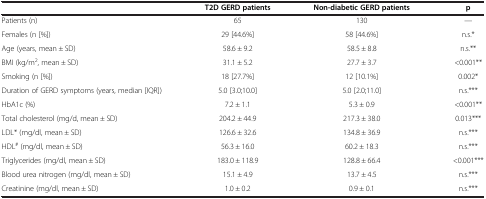
<table><thead><tr><td><b> </b></td><td><b>T2D GERD patients</b></td><td><b>Non-diabetic GERD patients</b></td><td><b>p</b></td></tr></thead><tbody><tr><td>Patients (n)</td><td>65</td><td>130</td><td>---</td></tr><tr><td>Females (n [%])</td><td>29 [44.6%]</td><td>58 [44.6%]</td><td>n.s.*</td></tr><tr><td>Age (years, mean ± SD)</td><td>58.6 ± 9.2</td><td>58.5 ± 8.8</td><td>n.s.**</td></tr><tr><td>BMI (kg/m<sup>2</sup>, mean ± SD)</td><td>31.1 ± 5.2</td><td>27.7 ± 3.7</td><td>&lt;0.001**</td></tr><tr><td>Smoking (n [%])</td><td>18 [27.7%]</td><td>12 [10.1%]</td><td>0.002*</td></tr><tr><td>Duration of GERD symptoms (years, median [IQR])</td><td>5.0 [3.0;10.0]</td><td>5.0 [2.0;11.0]</td><td>n.s.***</td></tr><tr><td>HbA1c (%)</td><td>7.2 ± 1.1</td><td>5.3 ± 0.9</td><td>&lt;0.001**</td></tr><tr><td>Total cholesterol (mg/d, mean ± SD)</td><td>204.2 ± 44.9</td><td>217.3 ± 38.0</td><td>0.013***</td></tr><tr><td>LDL* (mg/dl, mean ± SD)</td><td>126.6 ± 32.6</td><td>134.8 ± 36.9</td><td>n.s.***</td></tr><tr><td>HDL<sup>#</sup> (mg/dl, mean ± SD)</td><td>56.3 ± 16.0</td><td>60.2 ± 18.3</td><td>n.s.***</td></tr><tr><td>Triglycerides (mg/dl, mean ± SD)</td><td>183.0 ± 118.9</td><td>128.8 ± 66.4</td><td>&lt;0.001***</td></tr><tr><td>Blood urea nitrogen (mg/dl, mean ± SD)</td><td>15.1 ± 4.9</td><td>13.7 ± 4.5</td><td>n.s.***</td></tr><tr><td>Creatinine (mg/dl, mean ± SD)</td><td>1.0 ± 0.2</td><td>0.9 ± 0.1</td><td>n.s.***</td></tr></tbody></table>